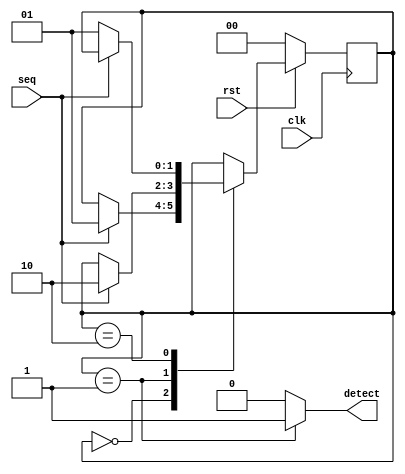
`timescale 1ns / 1ps
//////////////////////////////////////////////////////////////////////////////////
// Company: 
// Engineer: 
// 
// Design Name: 
// Module Name: seq_complementer
// Project Name: 
// Target Devices: 
// Tool Versions: 
// Description: 
// 
// Dependencies: 
// 
// Revision:
// Revision 0.01 - File Created
// Additional Comments:
// 
//////////////////////////////////////////////////////////////////////////////////

//MOORE DESIGN
module seq_complementer(
    input wire clk, input wire rst, input seq,
    output reg detect
    );

parameter SIZE = 2, STATE0 = 2'b00,
STATE1 = 2'b01, STATE2 = 2'b10;
reg [SIZE-1:0] currentstate, nextstate;

  
always @(posedge clk)
begin
if (!rst)
    currentstate <= STATE0;
else begin
    currentstate <= nextstate;
end
end


//TRANSITION LOGIC
always @(*)
begin
nextstate = currentstate;
case (currentstate)
    STATE0: if (seq == 1) nextstate = STATE1;
    STATE1: if (seq == 1) nextstate = STATE2;
    STATE2: if (seq == 0) nextstate = STATE1;
    default: nextstate = currentstate;
endcase

end

always @(currentstate)
begin
    case(currentstate)
    STATE1: detect <= 1'b1;
    default: detect <= 1'b0;
    endcase
end
//assign detect = (currentstate == STATE1);

endmodule